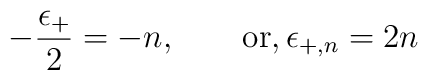
-{\epsilon_{+}\over 2} = -n,\qquad {\rm or,}\,\epsilon_{+,n} = 2n